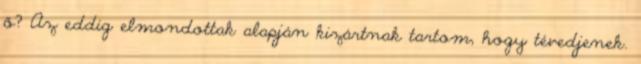
ő? Az eddig el­mon­dot­tak alapján kizártnak tartom, hogy tévedjenek.